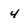
Character: 4